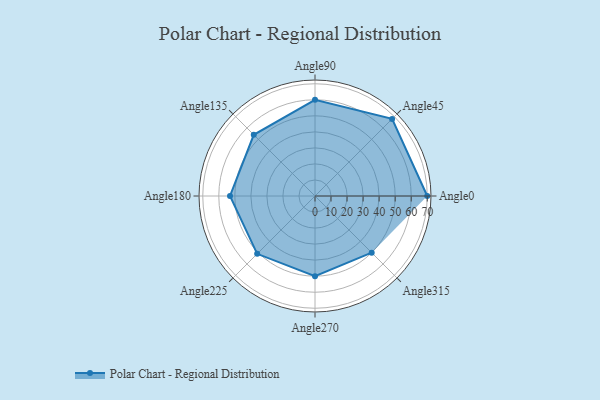
{"axis": {"x": "Angle", "y": "Radius"}, "legend": [""], "data": [{"x": "Angle0", "y": 70.0, "type": ""}, {"x": "Angle45", "y": 68.0, "type": ""}, {"x": "Angle90", "y": 60.0, "type": ""}, {"x": "Angle135", "y": 54.0, "type": ""}, {"x": "Angle180", "y": 53.0, "type": ""}, {"x": "Angle225", "y": 51.0, "type": ""}, {"x": "Angle270", "y": 50, "type": ""}, {"x": "Angle315", "y": 50, "type": ""}]}